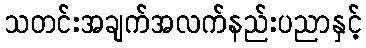
သတင်းအချက်အလက်နည်းပညာနှင့်